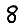
Digit: 8